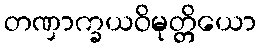
တဏှာက္ခယဝိမုတ္တိယော